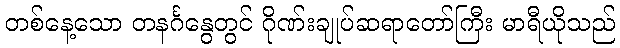
တစ်နေ့သော တနင်္ဂနွေတွင် ဂိုဏ်းချုပ်ဆရာတော်ကြီး မာရီယိုသည်